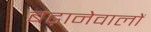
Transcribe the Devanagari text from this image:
बढ़ानेवालों